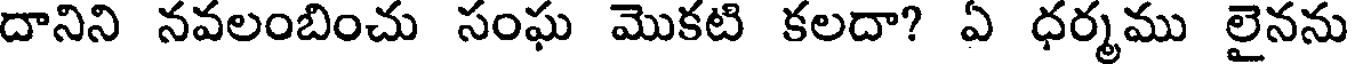
దానిని నవలంబించు సంఘ మొకటి కలదా? ఏ ధర్మము లైనను